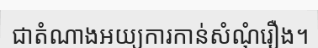
ជាតំណាងអយ្យការកាន់សំណុំរឿង។